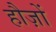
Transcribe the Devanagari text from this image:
हौज़ों